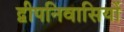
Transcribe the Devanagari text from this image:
द्वीपनिवासियों